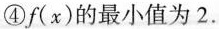
④f(x)的最小值为2.